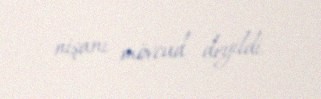
nişanı mövcud deyildi.